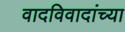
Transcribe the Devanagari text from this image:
वादविवादांच्या